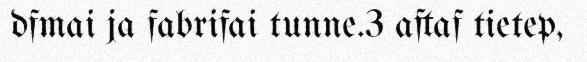
dfmai ja fabrifai tunne.3 aftaf tietep,